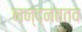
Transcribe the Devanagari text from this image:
नन्द्नतत्व